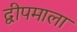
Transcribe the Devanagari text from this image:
द्वीपमाला